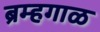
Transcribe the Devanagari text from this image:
ब्रम्हगाळ